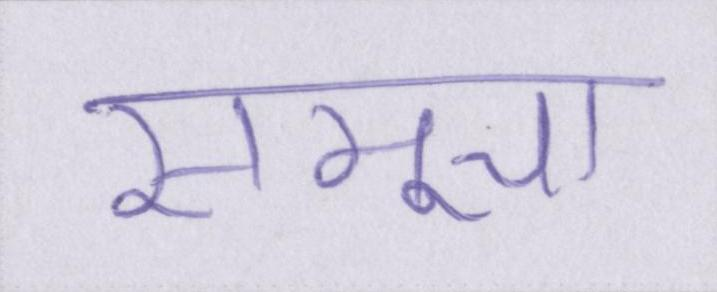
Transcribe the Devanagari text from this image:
समूचा